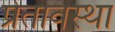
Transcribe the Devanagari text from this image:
प्रेतावस्था